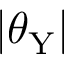
| \theta _ { \mathrm { Y } } |